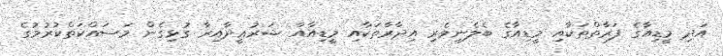
އަދި މީޑިއާގެ ފަރާތްތަކާއި މީޑިއާގެ ބެލެނިވެރި އިދާރާތަކާއި މީޑިއާއާ ޝަރުޢީދާއިރާ ގުޅިގެން މަސައްކަތްކުރުމުގެ